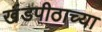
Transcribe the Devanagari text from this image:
खंडपीठाच्या